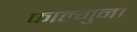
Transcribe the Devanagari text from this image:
फाल्गुन।